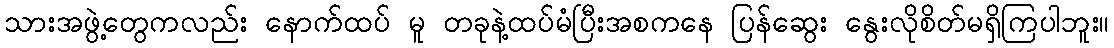
သားအဖွဲ့တွေကလည်း နောက်ထပ် မူ တခုနဲ့ထပ်မံပြီးအစကနေ ပြန်ဆွေး နွေးလိုစိတ်မရှိကြပါဘူး။